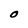
Character: O